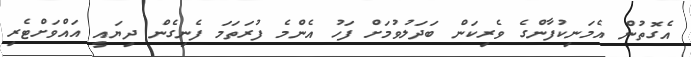
އެގޮތުން އެމަނިކުފާންގެ ވެރިކަން ބަދަލުވުމަށް ފަހު އެންމެ ފުރަތަމަ ފެނިގެން ދިޔައީ އައްވަށްޓެރި